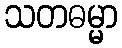
သတဓမ္မာ